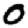
Digit: 0